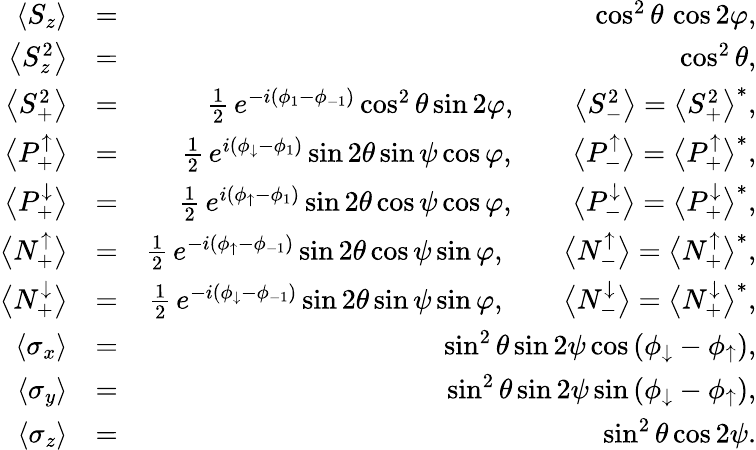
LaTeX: \begin{array}{rlr}{\left\langle S_{z}\right\rangle}&{=}&{\cos^{2}\theta\, \cos 2\varphi,}\\ {\left\langle S_{z}^{2}\right\rangle}&{=}&{\cos^{2}\theta,}\\ {\left\langle S_{{+}}^{2}\right\rangle}&{=}&{\frac{1}{2}\, e^{-i\left(\phi_{1}-\phi_{-1}\right)}\cos^{2}\theta\sin 2\varphi,\qquad\left\langle S_{{-}}^{2}\right\rangle=\left\langle S_{{+}}^{2}\right\rangle^{*},}\\ {\big\langle P_{{+}}^{\uparrow}\big\rangle}&{=}&{\frac{1}{2}\, e^{i\left(\phi_{\downarrow}-\phi_{1}\right)}\sin 2\theta\sin\psi\cos\varphi,\qquad\big\langle P_{{-}}^{\uparrow}\big\rangle=\big\langle P_{{+}}^{\uparrow}\big\rangle^{*},}\\ {\big\langle P_{{+}}^{\downarrow}\big\rangle}&{=}&{\frac{1}{2}\, e^{i\left(\phi_{\uparrow}-\phi_{1}\right)}\sin 2\theta\cos\psi\cos\varphi,\qquad\big\langle P_{{-}}^{\downarrow}\big\rangle=\big\langle P_{{+}}^{\downarrow}\big\rangle^{*},}\\ {\big\langle N_{{+}}^{\uparrow}\big\rangle}&{=}&{\frac{1}{2}\, e^{-i\left(\phi_{\uparrow}-\phi_{-1}\right)}\sin 2\theta\cos\psi\sin\varphi,\qquad\big\langle N_{{-}}^{\uparrow}\big\rangle=\big\langle N_{{+}}^{\uparrow}\big\rangle^{*},}\\ {\big\langle N_{{+}}^{\downarrow}\big\rangle}&{=}&{\frac{1}{2}\, e^{-i\left(\phi_{\downarrow}-\phi_{-1}\right)}\sin 2\theta\sin\psi\sin\varphi,\qquad\big\langle N_{{-}}^{\downarrow}\big\rangle=\big\langle N_{{+}}^{\downarrow}\big\rangle^{*},}\\ {\left\langle\sigma_{x}\right\rangle}&{=}&{\sin^{2}\theta\sin 2\psi\cos\left(\phi_{\downarrow}-\phi_{\uparrow}\right),}\\ {\left\langle\sigma_{y}\right\rangle}&{=}&{\sin^{2}\theta\sin 2\psi\sin\left(\phi_{\downarrow}-\phi_{\uparrow}\right),}\\ {\left\langle\sigma_{z}\right\rangle}&{=}&{\sin^{2}\theta\cos 2\psi.}\end{array}